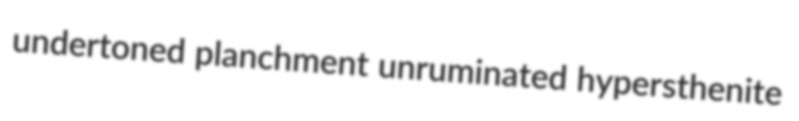
undertoned planchment unruminated hypersthenite